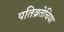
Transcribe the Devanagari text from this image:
पतिव्रतेचिया